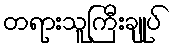
တရားသူကြီးချုပ်